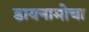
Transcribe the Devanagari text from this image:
डायनामोचा